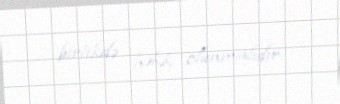
birlikdə həkk olunmalıdır.